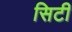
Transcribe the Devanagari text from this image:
सिटी